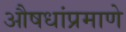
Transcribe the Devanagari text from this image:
औषधांप्रमाणे